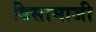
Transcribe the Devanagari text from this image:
दिसामाजी